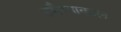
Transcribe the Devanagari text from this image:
उमैय्याकाल